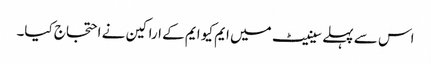
اس سے پہلے سینیٹ میں ایم کیو ایم کے اراکین نے احتجاج کیا۔